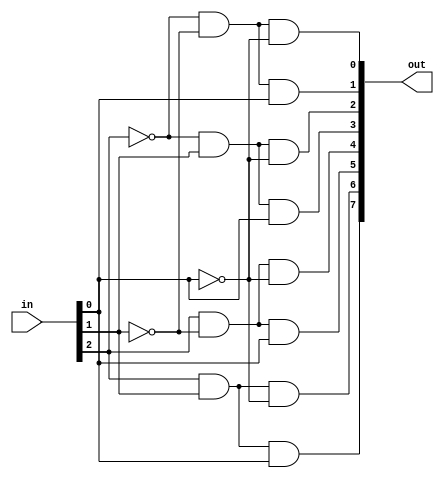
//////////////////////////////////////////////////////////////////////////////////
// Design Name: 3x8 decoder using combinational logic
//////////////////////////////////////////////////////////////////////////////////
`timescale 1ns / 1ps

module decoder3x8(in, out);

    parameter N = 3;
    
    input  wire [N-1:0] in;
    output reg  [2**N-1:0] out;
     
    always @(*)
        begin
            out[0] = ~in[2] & ~in[1] & ~in[0];
            out[1] = ~in[2] & ~in[1] &  in[0];
            out[2] = ~in[2] &  in[1] & ~in[0];
            out[3] = ~in[2] &  in[1] &  in[0];
            out[4] =  in[2] & ~in[1] & ~in[0];
            out[5] =  in[2] & ~in[1] &  in[0];
            out[6] =  in[2] &  in[1] & ~in[0];
            out[7] =  in[2] &  in[1] &  in[0];
        end 
        
endmodule